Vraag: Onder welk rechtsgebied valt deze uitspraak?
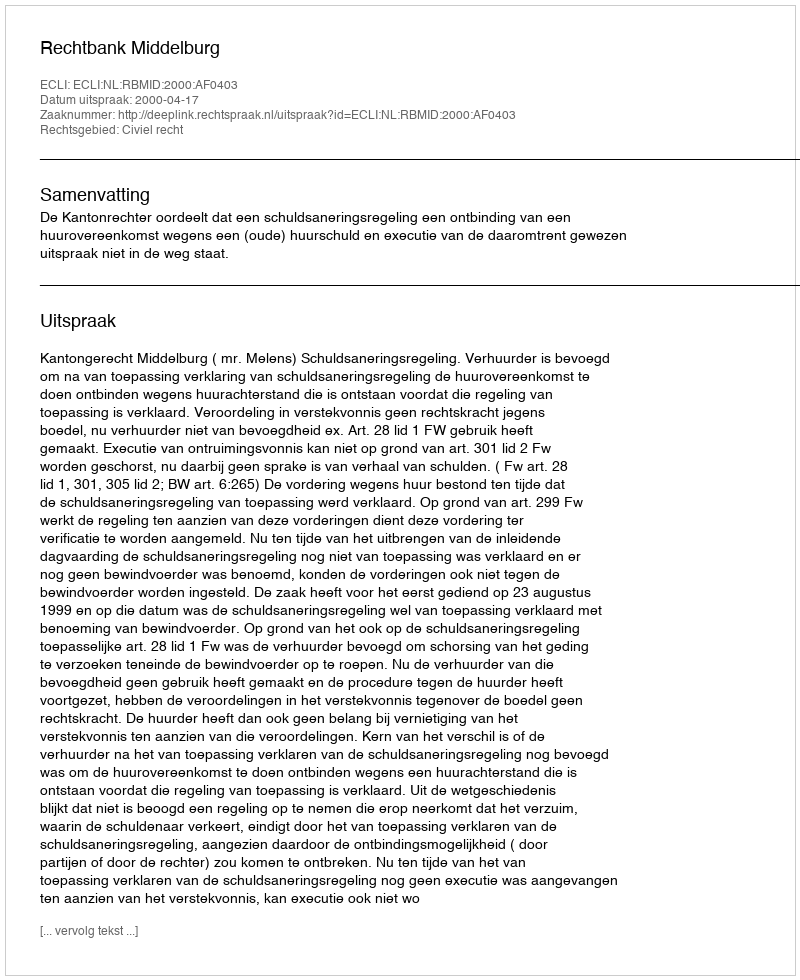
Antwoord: Civiel recht